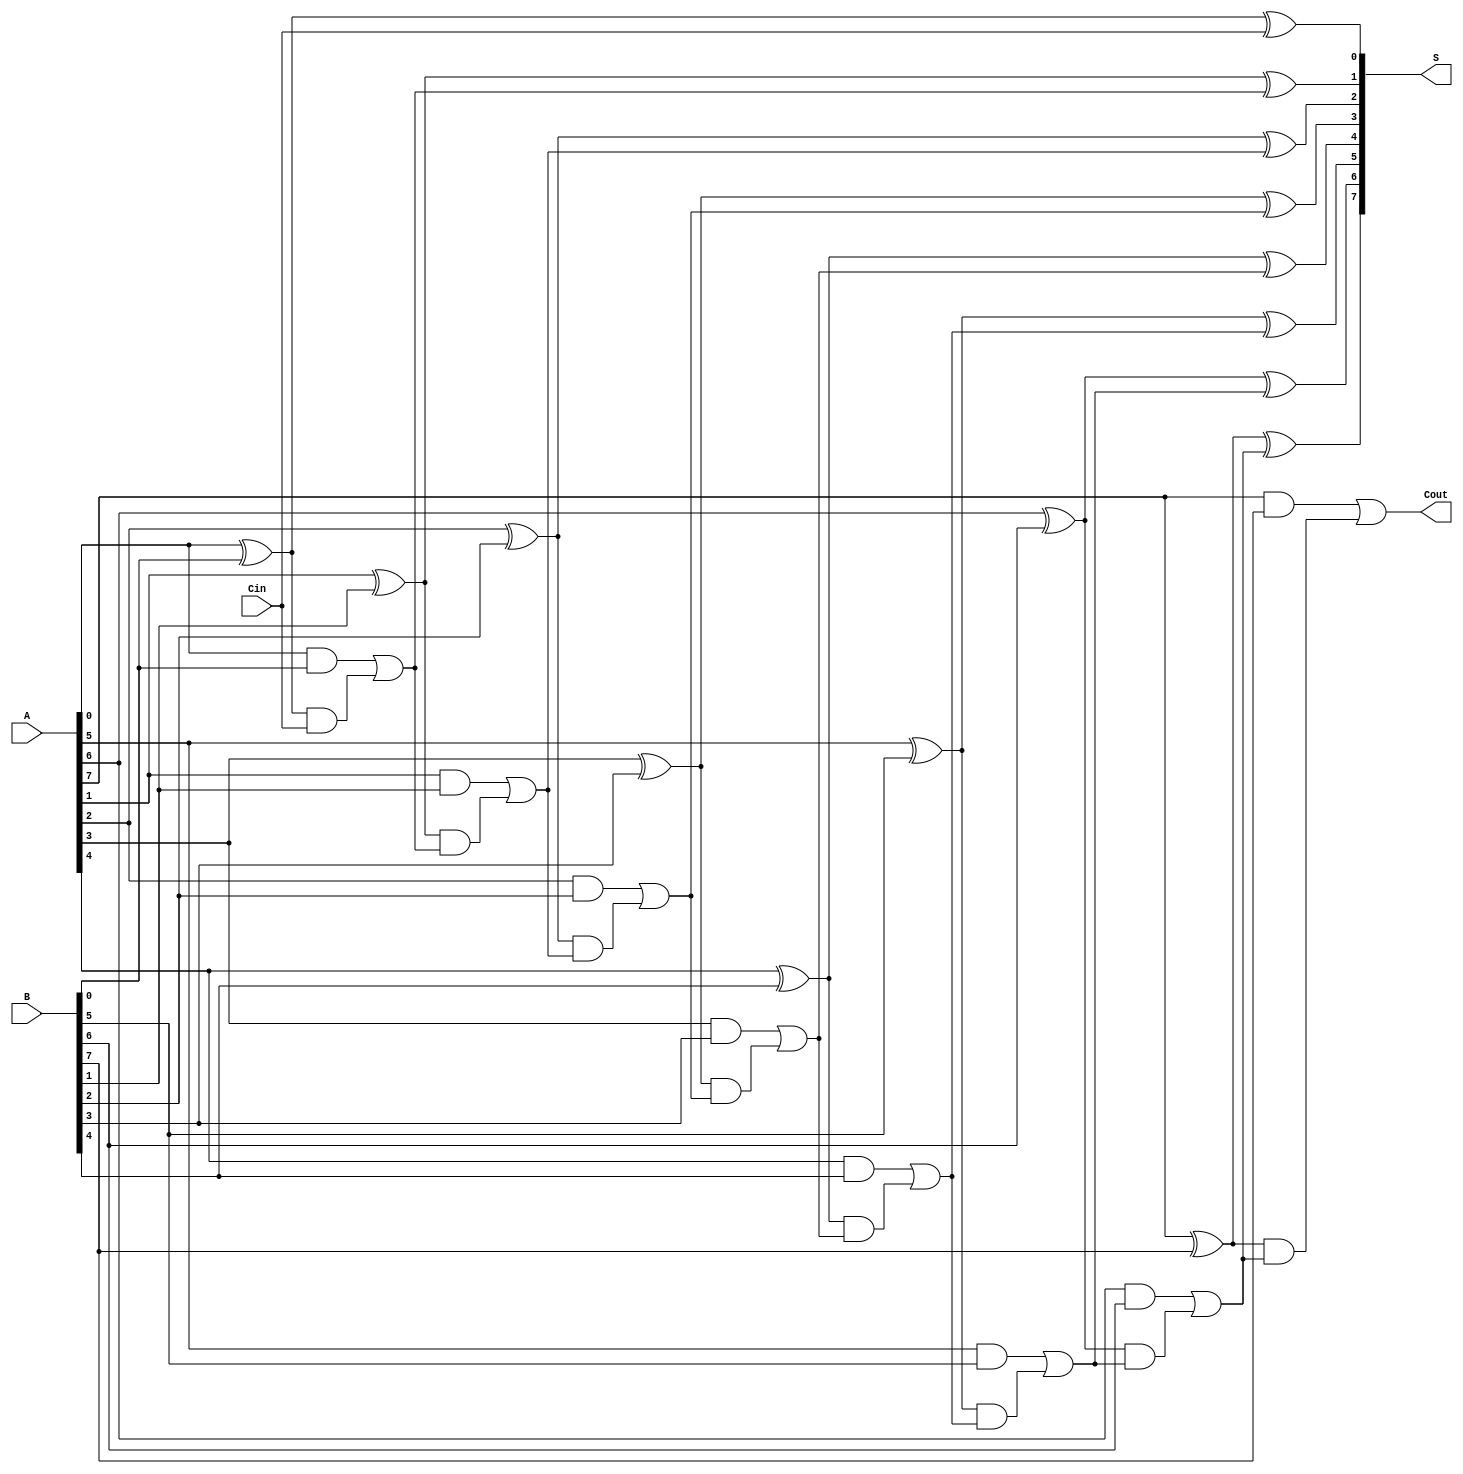
module KoggeStoneAdder #(parameter n = 8) (
    input  [n-1:0] A,
    input  [n-1:0] B,
    input          Cin,
    output [n-1:0] S,
    output         Cout
);

    // Generate and propagate signals
    wire [n-1:0] G;  // Generate
    wire [n-1:0] P;  // Propagate
    wire [n:0] C;    // Carry

    // Level 0: Compute G and P
    genvar i;
    generate
        for (i = 0; i < n; i = i + 1) begin: gen_and_prop
            assign G[i] = A[i] & B[i];
            assign P[i] = A[i] ^ B[i];
        end
    endgenerate

    // Level 1: Compute Carry bits
    assign C[0] = Cin;  // Initial carry
    generate
        for (i = 1; i < n + 1; i = i + 1) begin: carry_generation
            assign C[i] = G[i - 1] | (P[i - 1] & C[i - 1]);
        end
    endgenerate

    // Compute final sum
    generate
        for (i = 0; i < n; i = i + 1) begin: sum_generation
            assign S[i] = P[i] ^ C[i];
        end
    endgenerate

    // Final carry out
    assign Cout = C[n];

endmodule